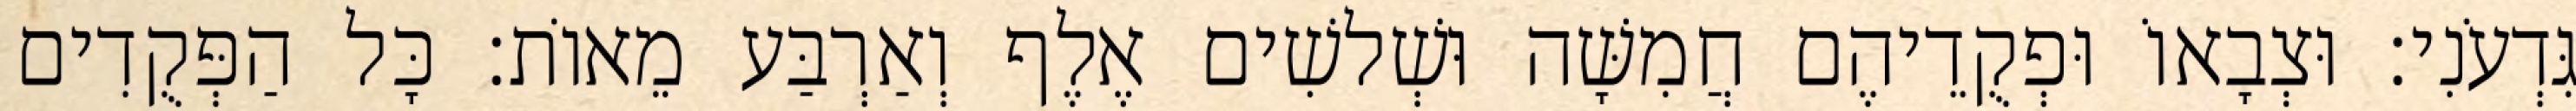
גִּדְעֹנִי׃ וּצְבָאוֹ וּפְקֻדֵיהֶם חֲמִשָּׁה וּשְׁלשִׁים אֶלֶף וְאַרְבַּע מֵאוֹת׃ כָּל הַפְּקֻדִים